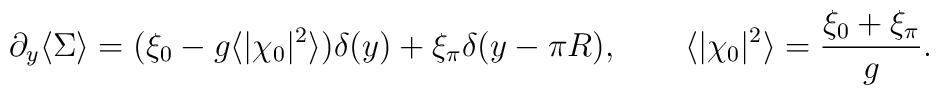
\partial_y \langle \Sigma \rangle = (\xi_0 - g\langle |\chi_0|^2\rangle )\delta (y) + \xi_\pi \delta (y-\pi R), \qquad \langle |\chi_0|^2\rangle   = {\xi_0 + \xi_\pi \over g}.